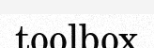
toolbox